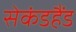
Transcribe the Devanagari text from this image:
सेकंडहैंड